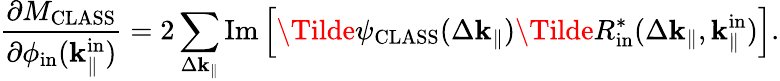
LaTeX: \frac{\partial M_{\mathrm{CLASS}}}{\partial\phi_{\mathrm{in}}(\mathbf{k}_{\parallel}^{\mathrm{in}})}=2\sum_{\Delta\mathbf{k}_{\parallel}}\mathrm{Im}\left[\Tilde{\psi}_{\mathrm{CLASS}}(\Delta\mathbf{k}_{\parallel})\Tilde{R}_{\mathrm{in}}^{\ast}(\Delta\mathbf{k}_{\parallel},\mathbf{k}_{\parallel}^{\mathrm{in}})\right].